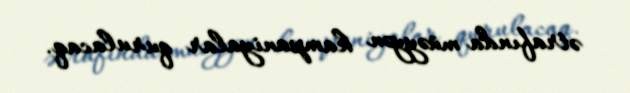
ətrafında müəyyən kampaniyalar qurulacaq.